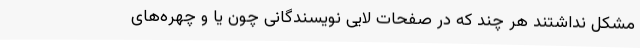
مشکل نداشتند هر چند که در صفحات لایی نویسندگانی چون یا و چهره‌های